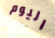
اليوم